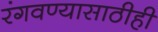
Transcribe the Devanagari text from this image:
रंगवण्यासाठीही